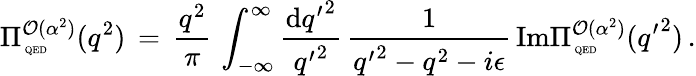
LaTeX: \Pi_{\mathrm{\tiny~QED}}^{{\cal{O}}(\alpha^{2})}(q^{2})\, =\, \frac{q^{2}}{\pi}\, \int_{-\infty}^{\infty}\frac{\mathrm{d}{q^{\prime}}^{2}}{{q^{\prime}}^{2}}\, \frac{1}{{q^{\prime}}^{2}-q^{2}-i\epsilon}\, \mathrm{Im}\Pi_{\mathrm{\tiny~QED}}^{{\cal{O}}(\alpha^{2})}({q^{\prime}}^{2})\, .